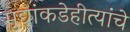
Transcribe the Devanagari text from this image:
मुद्यांकडेहीत्यांचे